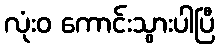
လုံးဝ ကောင်းသွားပါပြီ